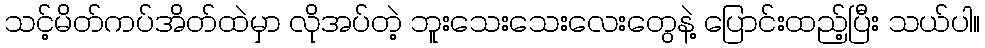
သင့်မိတ်ကပ်အိတ်ထဲမှာ လိုအပ်တဲ့ ဘူးသေးသေးလေးတွေနဲ့ ပြောင်းထည့်ပြီး သယ်ပါ။